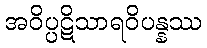
အဝိပ္ပဋိသာရဝိပန္နဿ